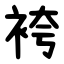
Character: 袴